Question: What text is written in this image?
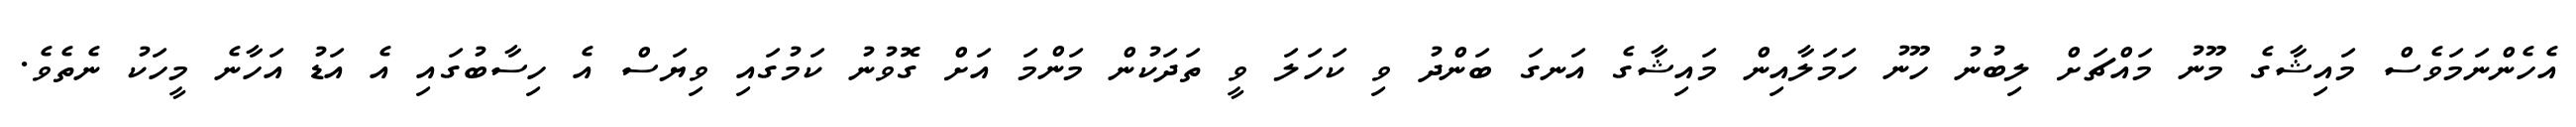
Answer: އެހެންނަމަވެސް މައިޝާގެ މޫނު މައްޗަށް ލިބުނު ހޫނު ހަމަލާއިން މައިޝާގެ އަނގަ ބަންދު ވި ކަހަލަ ވީ ތަދަކުން މަންމަ އަށް ގޮވުނު ކަމުގައި ވިޔަސް އެ ހިސާބުގައި އެ އަޑު އަހާނެ މީހަކު ނެތެވެ.